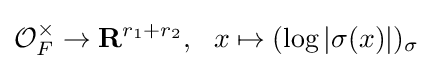
{\mathcal {O}}_{F}^{\times }\rightarrow \mathbf {R} ^{r_{1}+r_{2}},\ \ x\mapsto (\log |\sigma (x)|)_{\sigma }